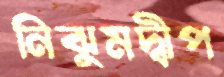
নিঝুমদ্বীপ